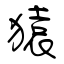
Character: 猿